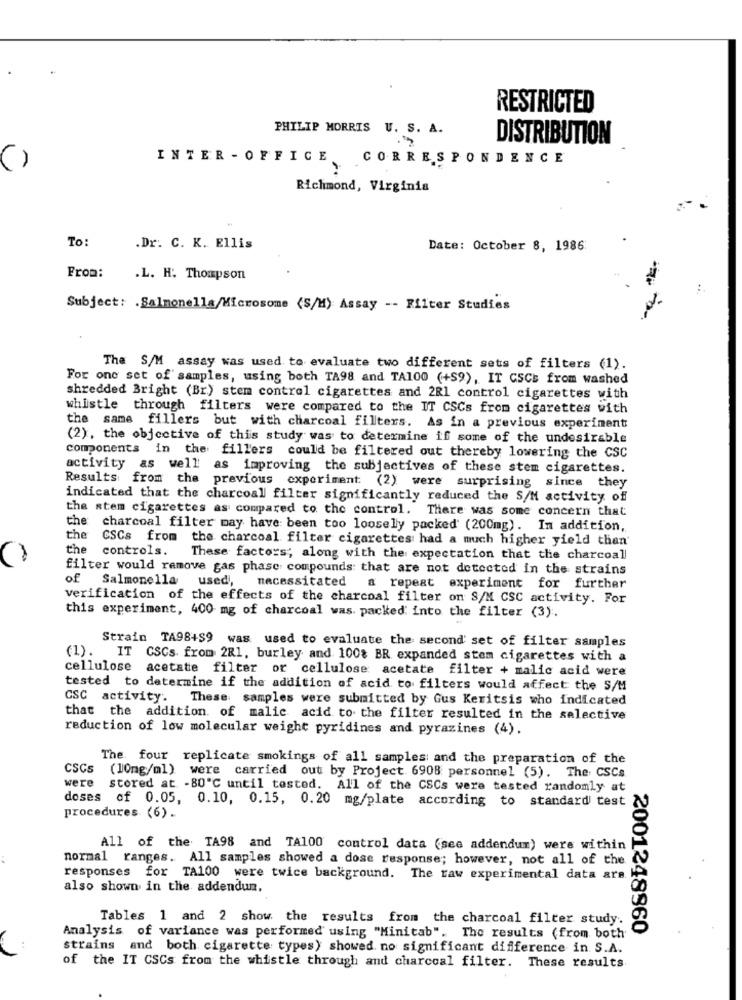
RESTRICTED
PHILIP MORRIS U. S. A.
DISTRIBUTION
INTER - OFFICE
CORRESPONDENCE
()
Richmond, Virginia
To
.Dr. C. K. Ellis
Date: October 8, 1986
From:
.L. H. Thompson
Subject: . Salmonella/Microsome (S/H) Assay -- Filter Studies
The S/M assay was used to evaluate two different sets of filters (1).
For one set of samples, using both TA98 and TA100 (+S9), IT CSCE from washed
shredded Bright (Br) stem control cigarettes and 2R1 control cigarettes with
whistle through filters were compared to the IT CSCs from cigarettes with
the same fillers but with charcoal filters. As in a previous experiment
(2), the objective of this study was to determine if some of the undesirable
components in the fillers could be filtered out thereby lowering the CSC
activity as well as improving the subjectives of these stem cigarettes.
Results from the previous experiment (2) were surprising since they
indicated that the charcoal filter significantly reduced the S/M activity off
the stem cigarettes as compared to the control. There was some concern that
the charcoal filter may have been too loosely packed' (200mg). In addition,
the
CSCs from the charcoal filter cigarettes had a much higher yield than
the
controls.
These factors; along with the expectation that the charcoall
filter would remove gas phase compounds that are not detected in the strains
of Salmonella
used,
necessitated a repeat experiment for further
verification of the effects of the charcoal filter on S/M CSC activity. For
this experiment, 400 mg of charcoal was. packed into the filter (3).
Strain TA98+S9 was used to evaluate the second' set of filter samples
(1). IT CSCs from 281, burley and 100% BR expanded stem cigarettes with a
cellulose acetate filter or cellulose acetate filter + malic acid were
tested to determine if the addition of acid to filters would affect the S/M
CSC activity. These: samples were submitted by Gus Keritsis who indicated
that the addition of malic acid to the filter resulted in the selective
reduction of low molecular weight pyridines and pyrazines (4).
The four replicate smokings of all samples and the preparation of the
CSCs
were
(10mg/ml) were carried out by Project 6908 personnel (5). The CSCs.
stored at - 80'℃ until tested. All of the CSCs were tested randomly at
doses of 0.05, 0.10, 0.15, 0.20 mg/plate according to standard test
procedures (6).
All of the TA98 and TA100 control data (see addendum) were within
normal ranges. All samples showed a dose response; however, not all of the.
responses for TA100 were twice background. The raw experimental data ars.
also shown in the addendun.
Tables 1 and 2 show the results from the charcoal filter study.
2001248960
Analysis of variance was performed using "Minitab". The results (from both
strains and both cigarette types) showed no significant difference in. S.A.
of the IT CSCs from the whistle through and charcoal filter. These results